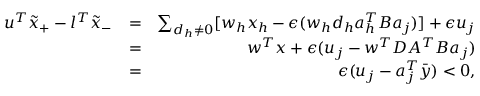
\begin{array} { r l r } { u ^ { T } \tilde { x } _ { + } - l ^ { T } \tilde { x } _ { - } } & { = } & { \sum _ { d _ { h } \neq 0 } [ w _ { h } x _ { h } - \epsilon ( w _ { h } d _ { h } a _ { h } ^ { T } B a _ { j } ) ] + \epsilon u _ { j } } \\ & { = } & { w ^ { T } x + \epsilon ( u _ { j } - w ^ { T } D A ^ { T } B a _ { j } ) } \\ & { = } & { \epsilon ( u _ { j } - a _ { j } ^ { T } \bar { y } ) < 0 , } \end{array}